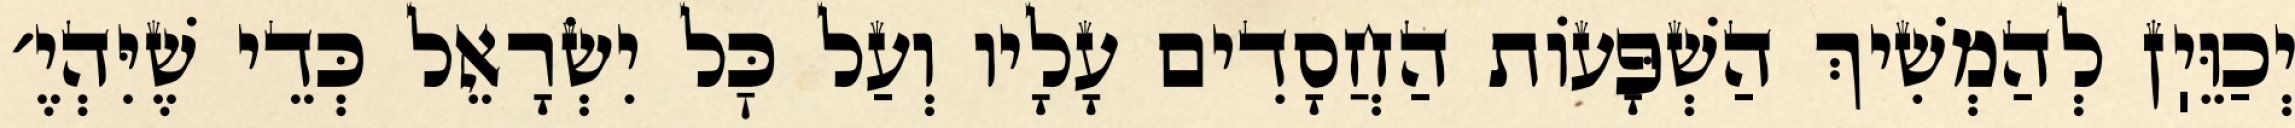
יְכַוֵּיֽן לְהַמְשִׁיךְ הַשְׁפָּעוֹת הַחֲסָדִים עָלָיו וְעַל כׇּל יִשְׂרָאֵל כְּדֵי שֶׁיִּהְיֶ׳